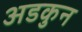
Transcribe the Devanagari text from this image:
अडकुन